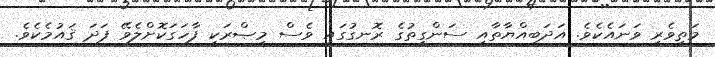
މަތިވެރި ވަނައެކެވެ. އަދަބިއްޔާތާއި ސަންގީތުގެ ރޮނގުގައި ވެސް މިޞްރަކީ ފާހަގަކޮށްލެވޭ ފަދަ ޤައުމެކެވެ.